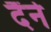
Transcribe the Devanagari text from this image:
दैंने